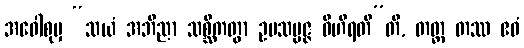
အဝေါစုမှ “သယံ အဘိညာ သစ္ဆိကတွာ ဥပသမ္ပဇ္ဇ ဝိဟိရတီ”တိ, တတ္ထ တဿ ဧဝံ